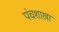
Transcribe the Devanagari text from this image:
पंचशाखा